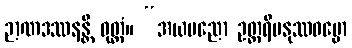
ဉာဏဒဿနန္တိ ဝုတ္တံ။ “အယမညော ဥတ္တရိမနုဿဓမ္မော